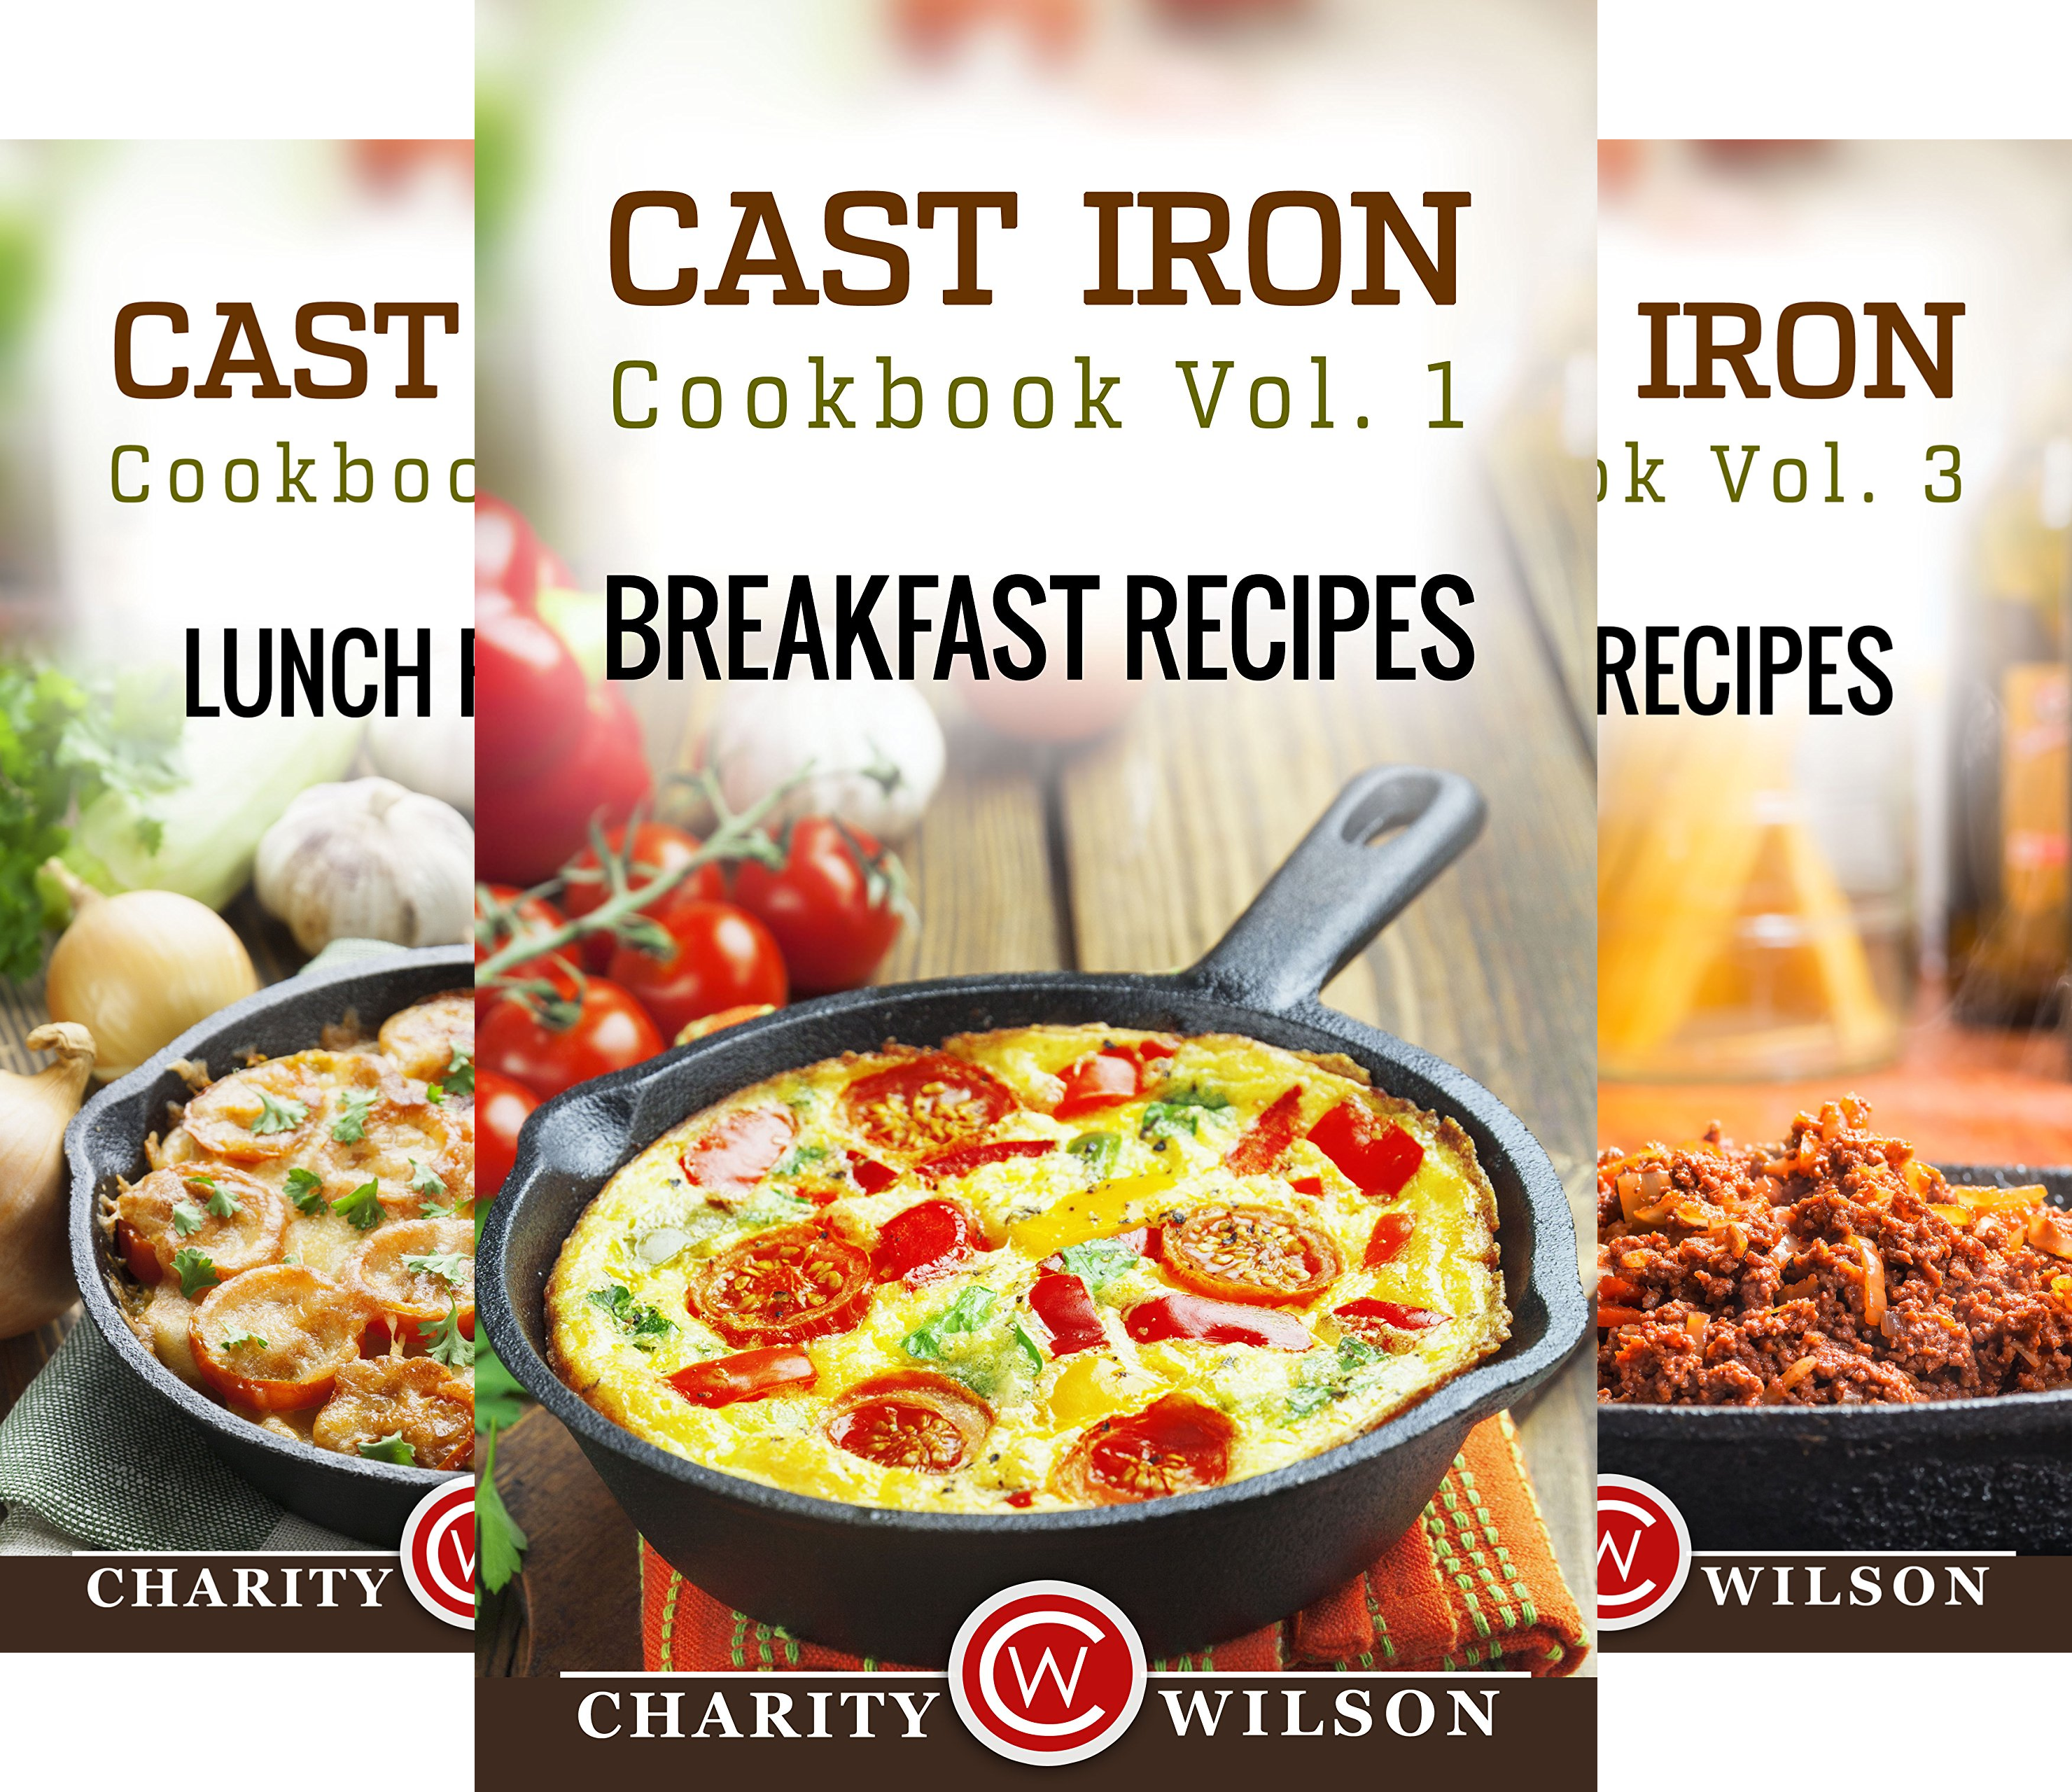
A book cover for Cast Iron Cookbook (3 Book Series); Charity Wilson; Cookbooks, Food & Wine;